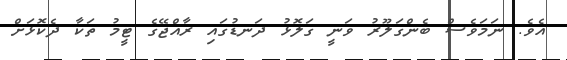
އެވެ. ނަމަވެސް ބެންގަލޫރު ވަނީ ގަލޮޅު ދަނޑުގައި ރާއްޖޭގެ ޓީމު ތަކާ ދެކޮޅަށް